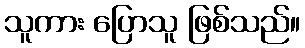
သူကား ပြောသူ ဖြစ်သည်။